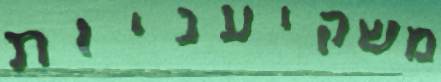
משקיעניות